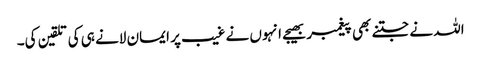
اللہ نے جتنے بھی پیغمبر بھیجے انہوں نے غیب پر ایمان لانے ہی کی تلقین کی۔